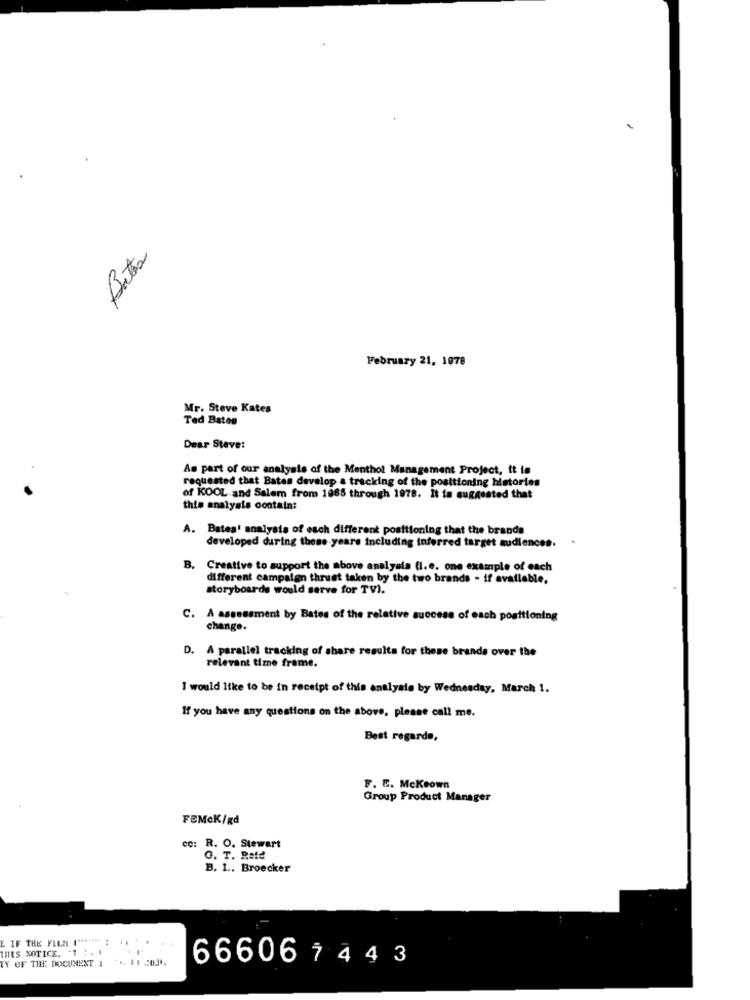
February 21, 1978
Mr. Steve Kates
Ted Baton
Dear Steve:
As part of our analysis of the Menthol Management Project, it is
requested that Bates develop a tracking of the positioning historien
of KOOL and Salem from 1985 through 1978. It is suggested that
this analysts contain:
A. Bates' analysis of each different positioning that the brands
developed during these years including inferred target audiences.
B. Creative to support the above analyala (I.e. one example of each
different campaign thrust taken by the two brands - if available.
storyboards would serve for TV).
C. A assessment by Bates of the relative success of each positioning
change.
D. A parallel tracking of share results for these brands over the
relevant time frame.
I would like to be in receipt of this analyste by Wednesday, March 1.
If you have any questions on the above, please call me.
Best regards,
F. E. Mckeown
Group Product Manager
FEMck/gd
cc: R. O. Stewart
G. T. Rete
B. 1 .. Broecker
E IF THE FILM .******* :
INES NOTICE. "1 . . .
TY OF THE DOCUMENT 1
666067443